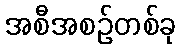
အစီအစဉ်တစ်ခု